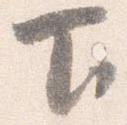
下